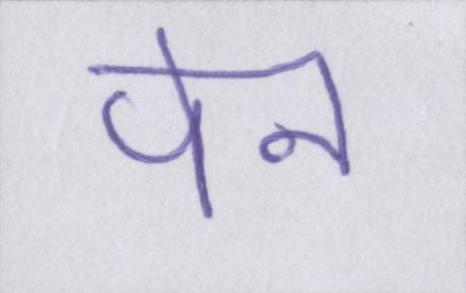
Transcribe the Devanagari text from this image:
पेन